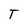
Character: T